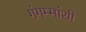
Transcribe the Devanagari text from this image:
गंगम्मांशी